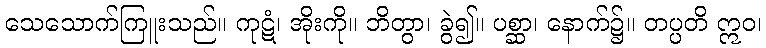
သေသောက်ကြူးသည်။ ကုဋံ၊ အိုးကို။ ဘိတွာ၊ ခွဲ၍။ ပစ္ဆာ၊ နောက်၌။ တပ္ပတိ ဣဝ၊